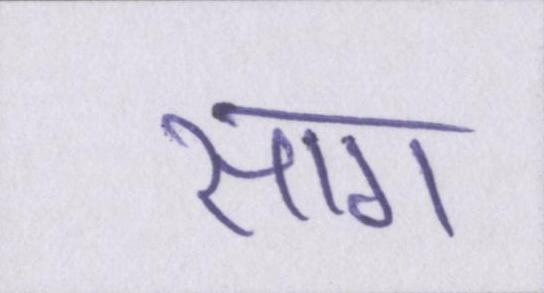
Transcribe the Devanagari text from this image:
साग